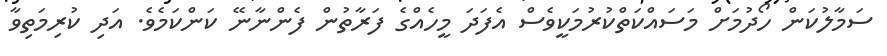
ސަމާލުކަން ހޯދުމަށް މަސައްކަތްކުރުމަކީވެސް އެފަދަ މީހެއްގެ ފަރާތުން ފެންނާނޭ ކަންކަމެވެ. އަދި ކުރިމަތިވާ